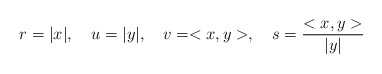
\begin{align*}r = |x|, \ \ \ u = |y|, \ \ \ v = <x,y>, \ \ \ s =\frac{<x,y>}{|y|}\end{align*}